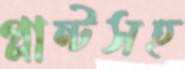
প্লান্টসহ